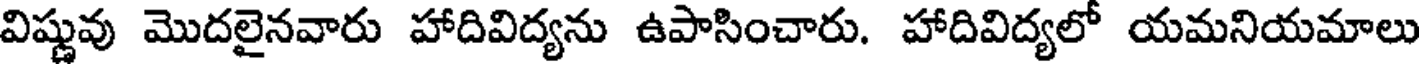
విష్ణువు మొదలైనవారు హాదివిద్యను ఉపాసించారు. హాదివిద్యలో యమనియమాలు